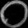
Digit: ၀